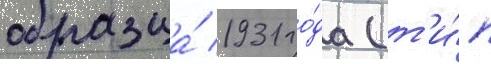
образца́ 1931 го́да (т'и́п